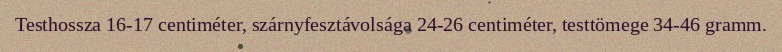
Testhossza 16-17 centiméter, szárnyfesztávolsága 24-26 centiméter, testtömege 34-46 gramm.